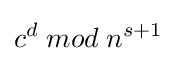
c^{d}\;mod\;n^{s+1}